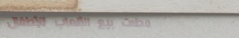
محلات بيع الألعاب للأطفال